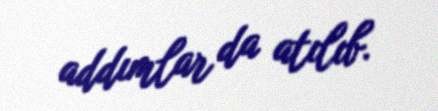
addımlar da atılıb.